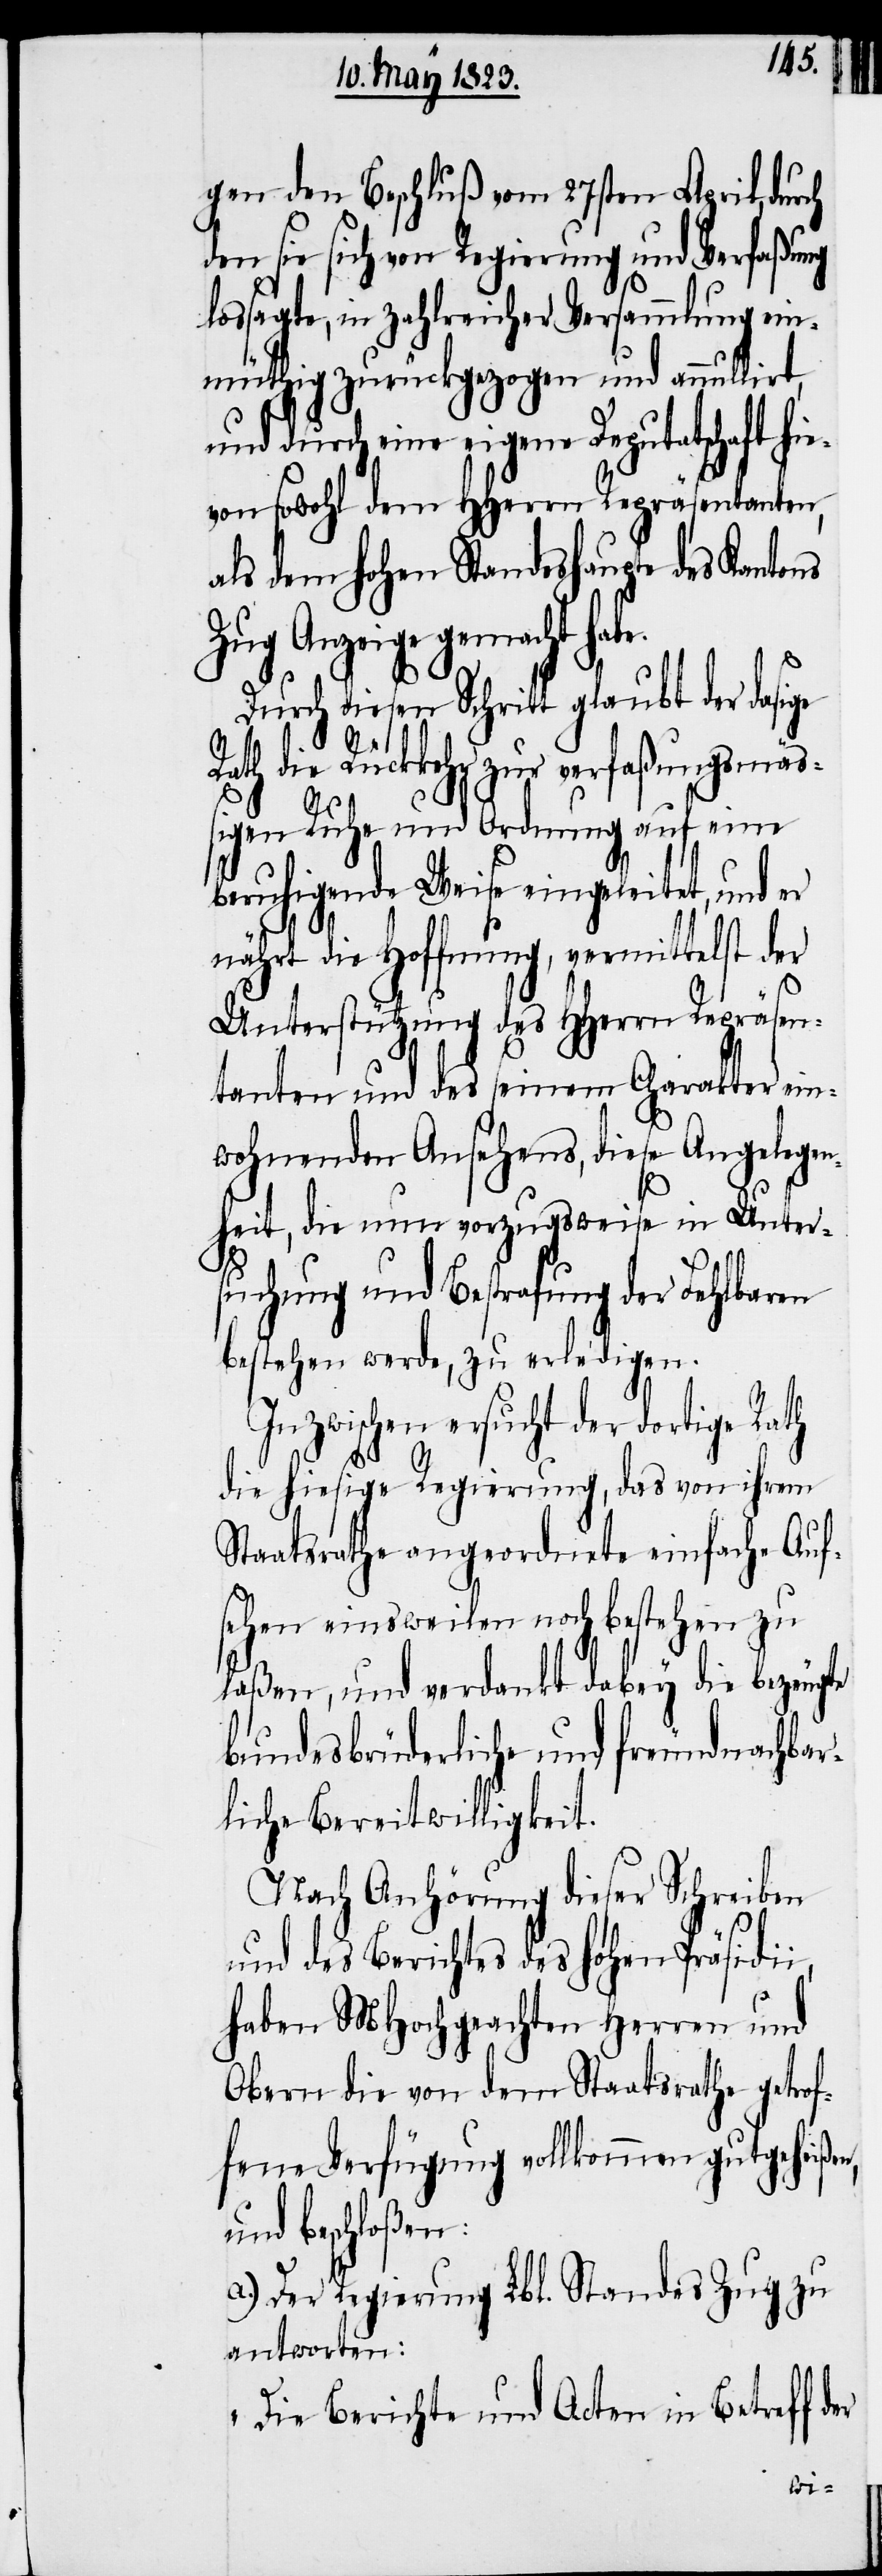
gen den Beschluß vom 27sten April, durch
den sie sich von Regierung und Verfaßung
lossagte, in zahlreicher Versammlung ein¬
müthig zurückgezogen und annullirt,
und durch eine eigene Deputatschaft hi¬
evon sowohl dem HHerrn Repräsentanten,
als dem hohen Standeshaupte des Kantons
Zug Anzeige gemacht hab¬
Durch diesen Schritt glaubt der dasige
Rath die Rückkehr zur verfaßungsmäß¬
igen Ruhe und Ordnung auf eine
beruhigende Weise eingeleitet, und er
nährt die Hoffnung, vermittelst der
Unterstützung des HHerrn Repräsen¬
tanten und des seinem Charakter ein¬
wohnenden Ansehens, diese Angelegen¬
heit, die nun vorzugsweise in Unter¬
suchung und Bestrafung der Fehlbaren
bestehen werde, zu erledigen.
Inzwischen ersucht der dortige Rath
die hiesige Regierung, das von ihrem
Staatsrathe angeordnete einfache Auf¬
sehen einsweilen noch bestehen zu
laßen, und verdankt dabey die bezeugte
bundesbrüderliche und freundnachbar¬
liche Bereitwilligkeit.
Nach Anhörung dieser Schreiben
und des Berichtes des hohen Präsidii,
haben MHochgeachten Herren und
Obern die von dem Staatsrathe getrof¬
fene Verfügung vollkommen gutgeheißen,
und beschloßen:
a.) Der Regierung Lbl. Standes Zug zu
antworten:
„Die Berichte und Acten in Betreff d¬
er